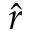
\hat { r }